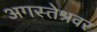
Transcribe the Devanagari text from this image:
अगस्‍तेश्रवर